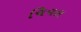
ચિવલ